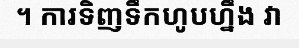
។ ការទិញទឹកហូបហ្នឹង វា